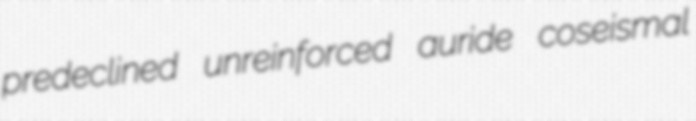
predeclined unreinforced auride coseismal